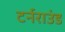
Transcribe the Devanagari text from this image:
टर्नराउंड